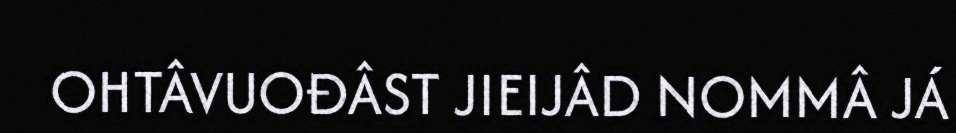
OHTÂVUOĐÂST JIEIJÂD NOMMÂ JÁ